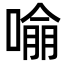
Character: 𭊏